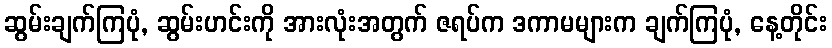
ဆွမ်းချက်ကြပုံ, ဆွမ်းဟင်းကို အားလုံးအတွက် ဇရပ်က ဒကာမများက ချက်ကြပုံ, နေ့တိုင်း